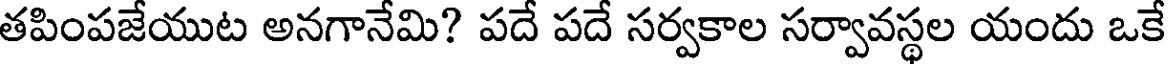
తపింపజేయుట అనగానేమి? పదే పదే సర్వకాల సర్వావస్థల యందు ఒకే